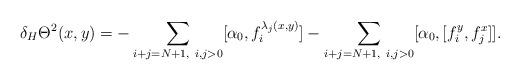
LaTeX: \begin{align*}\delta_H\Theta^2(x,y)=-\sum_{i+j=N+1,~i,j>0}[\alpha_0,f_i^{\lambda_j(x,y)}]-\sum_{i+j=N+1,~i,j>0}[\alpha_0,[f_i^y,f_j^x]].\end{align*}